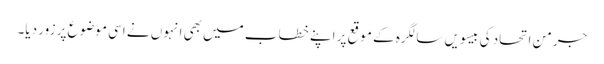
جرمن اتحاد کی بیسویں سالگرہ کے موقع پر اپنے خطاب میں بھی انہوں نے اسی موضوع پر زور دیا۔